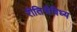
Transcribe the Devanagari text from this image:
रीतित्रैविध्य